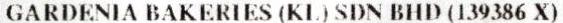
GARDENIA BAKERIES (KL) SDN BHD (139386 X)